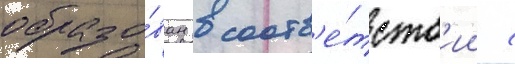
образо́ван в соотв'е́тств'ии с